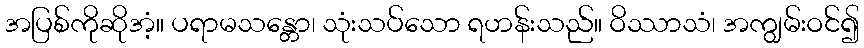
အပြစ်ကိုဆိုအံ့။ ပရာမသန္တော၊ သုံးသပ်သော ရဟန်းသည်။ ဝိဿာသံ၊ အကျွမ်းဝင်၍